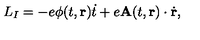
L _ { I } = - e \phi ( t , { \bf r } ) \dot { t } + e { \bf A } ( t , { \bf r } ) \cdot \dot { \bf r } ,